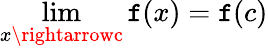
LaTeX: \lim\limits_{x\rightarrowc}\mathtt{f}(x)=\mathtt{f}(c)